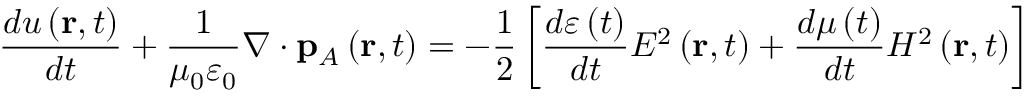
\frac { d u \left( \mathbf { r } , t \right) } { d t } + \frac { 1 } { \mu _ { 0 } \varepsilon _ { 0 } } \nabla \cdot \mathbf { p } _ { A } \left( \mathbf { r } , t \right) = - \frac { 1 } { 2 } \left[ \frac { d \varepsilon \left( t \right) } { d t } E ^ { 2 } \left( \mathbf { r } , t \right) + \frac { d \mu \left( t \right) } { d t } H ^ { 2 } \left( \mathbf { r } , t \right) \right]